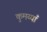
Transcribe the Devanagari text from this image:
कुमय्याँ